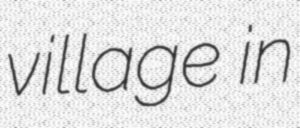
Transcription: village in